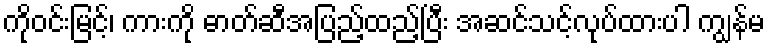
ကိုဝင်းမြင့်၊ ကားကို ဓာတ်ဆီအပြည့်ထည့်ပြီး အဆင်သင့်လုပ်ထားပါ ကျွန်မ